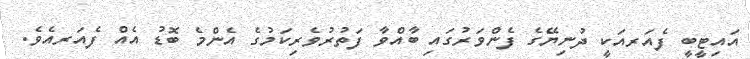
އައިޓީބީ ފެއަރއަކީ ދުނިޔޭގެ ފެންވަރުގައި ބާއްވާ ފަތުރުވެރިކަމުގެ އެންމެ ބޮޑު އެއް ފެއަރއެވެ.